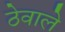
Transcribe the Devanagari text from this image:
ठेवाले